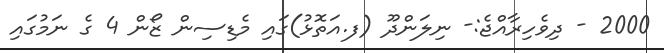
2000 - ދިވެހިރާއްޖެ:- ނިލަންދޫ (ފ.އަތޮޅު)ގައި މެޑިސިން ޒޯން 4 ގެ ނަމުގައި